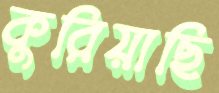
কুরিয়াছি